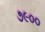
૭૯૦૦